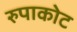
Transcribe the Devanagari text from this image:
रुपाकोट